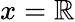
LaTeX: x=\mathbb{R}